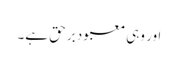
اور وہی معبود برحق ہے۔